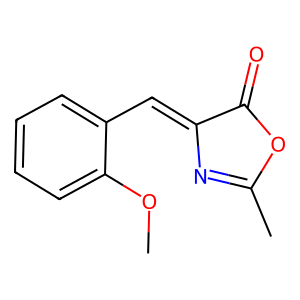
SMILES: COc1ccccc1C=C1N=C(C)OC1=O
Inhibits HIV replication: No